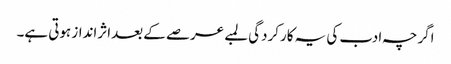
اگرچہ ادب کی یہ کارکردگی لمبے عرصے کے بعداثرانداز ہوتی ہے۔